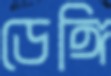
ডেঙ্গি